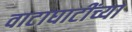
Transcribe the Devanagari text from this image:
वाटाघाटींच्या